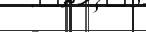
-